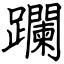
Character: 躝